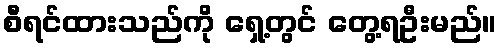
စီရင်ထားသည်ကို ရှေ့တွင် တွေ့ရဦးမည်။